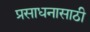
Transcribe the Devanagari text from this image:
प्रसाधनासाठी